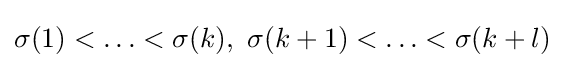
\sigma (1)<\ldots <\sigma (k),\ \sigma (k+1)<\ldots <\sigma (k+l)